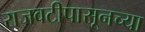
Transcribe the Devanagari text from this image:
राजवटीपासूनच्या